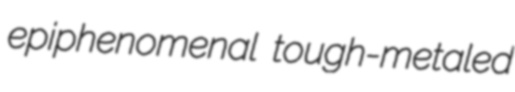
epiphenomenal tough-metaled